Vital statistics of India. Vol. IV, Annual returns from 1871 to 1876. British Army of India, Native Army and jails of Bengal
Year: 1871
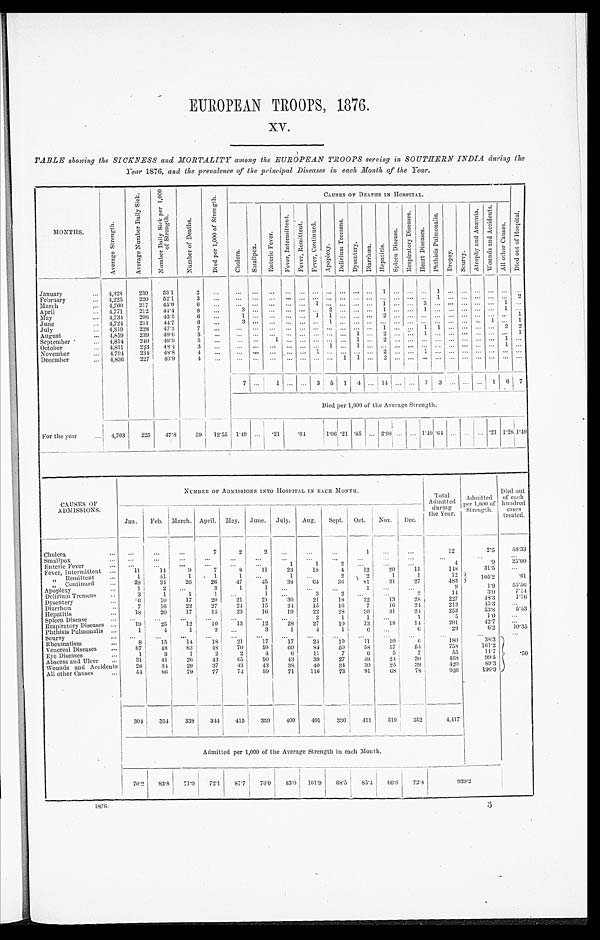
EUROPEAN TROOPS, 1876.
xv.
TABLE showing the SICKNESS and MORTALITY among the EUROPEAN TROOPS serving in SOUTHERN INDIA during the
Year 1876, and the prevalence of the principal Diseases in each, Month, of the Year.
MONTHS.
A v e r a g e S t r e n g t h .
A v e r a g e N u m b e r D a i l y S i c k .
N u m b e r D a i l y S i c k p e r 1 , 0 0 0 o f S t r e n g t h .
N u m b e r o f
D e a t h s .
D i e d p e r 1 , 0 0 0 o f
S t r e n g t h .
C A U S E S o F D E A T H S I N H O S P I T A L .
D i e d o u t o f
H o s p i t a l .
C h o l e r a .
S m a l l p o x .
E n t e r i c F e v e r . F e v e r , I n t e r m i t t e n t .
F e v e r e s , R e m i t t e n t . F e v e r , C o n t i n u e d .
A p o p l e x y .
D e l i r i u m
T r e m e n s .
D y s e n t e r y .
D i a r r h œ a . H e p a t i t i s .
S p l e e n D i s e a s e .
R e s p i r a t o r y D i s e a s e s .
H e a r t D i s e a s e s .
P h t h s i s
P u l m o n a l i s .
D r o p s y .
S c u r v y .
A t r o p h y a n d A n æ m i a .
W o u n d s a n d A c c i d e n t .
A l l o t h e r C a u s e s .
January
... 4,328
230
53.1
2
. . .
... ... ... ... ... ... ... ... ...
. . . 1 . . . . . . . . . 1 . . . . . . . . . . . . . . .
. . .
February
...
4 , 2 2 5
220
52.1
3
. . . ...
. . . ...
. . . ...
. . . ... ... ...
. . . ... ... ... ...
1 . . . . . . . . . . . . . . .
2
March
... 4,760
217
45.6
6
. . .
. . . . . .
. . .
. . . . . .
1
. . . . . . . . . . . . 1 . . . . . . 3 . . . . . . . . . . . . . . . 1
. . .
April
. . . 4,771
212
44.4
8
...
3
. . .
. . . . . . . . . . . . 2
. . . ... ... 1
. . . . . . 1
. . . . . . . . . . . . . . . 1 ...
May
. . .
4 , 7 3 4
206
43.5
6
. . .
1 . . .
. . . . . . . . . 1
1
. . . . . . . . . 2 . . . . . . . . . . . . . . . ... ... ... ... 1
June
... 4,724
211
4 4 . 7
6
...
3 . . .
. . . . . . . . . . . .
1
. . . . . . . . . ... ... ...
. . .
. . . . . . ...
. . .
1 . . .
1
July
... 4,819
228
47.3
7
. . . ... ... ... ...
. . . ... ... ... ... ... 1 ... ... 1
1 ...
. . . ... ... 2
2
August
... 4,819
239 49.6
5
. . . ... ... ...
. . . ... ... ... ..
1 . . . 2 . . . . . .
1
. . . . . . ... ...
. . . ...
1
September
... 4,814
240
4 9 . 9
5
. . .
. . . . . .
1 . . . . . . ... ...
. . . 1 . . . 2 . . . . . . . . . . . . . . . . . . . . . . . . 1
. . .
October
... 4,811
233
48.4
3
. . .
. . . . . .
. . . . . . . . . . . .
1
. . . 1 . . . . . . . . . . . . . . . . . . . . . . . . . . . . . . 1
. . .
November
. . . 4,79
234 48.8
4
. . .
. . . .. ... .... .. 1
. . . . . . . . . . . . 2 . . . . . . 1 . . . . . . . . . . . . . . . . . . . . .
December
. . . 4,836
227
46.9
4
. . .
. . . . . .
. . . . . . . . . . . .
. . .
1 1
. . . 2 ... ...
. . . ...
. . .
. . . . . . . . . . . .
. . .
7
. . . 1 ... ... 3 5 1
4
... 14 ... ... 7 3 ... ...
. . .
1
6 7
Died per 1,000 of the Average Strength.
For the year
... 4,703
225
47.8
59 12.55 1.49
. . .
. 2 1
. 6 4
1 . 0 6
.21 .85 ... 2.98 ... ... 1.49 . 6 4 ...
. . . ...
. 2 1
1 . 2 8 1.49
CAUSES OF
ADM ISSIONS.
:CUMBER OF ADMISSIONS INTO 110SPITIL IN MAGIC Moyru.
Total
A d m i t t e d d u r i n g
the Year.
Admitted
per 1 ,000 of
S t r e n g t h .
Died out
of each
hundred
cases
treated.
Jan.
Feb. March. April. May. June. July. Aug.
Sept. Oct.
Nov.
D e c .
Cholera
. . . ...
...
...
7
2
2
. . .
...
. . .
1
. . .
...
12
2.5
58.33
Smallpox
...
...
...
...
...
...
...
...
...
...
. . . ...
...
. . .
. . . ...
Enteric Fever
...
...
...
...
. . .
. . .
. . .
1
1
2
. . .
. . .
...
4
.9
25.00
Fever, Intermittent ...
11
14
9
7
8
11
23
18
4
12
2 0
11
148
31.5
. . .
„ Remit tent
...
1
41
1
1
1
. . .
1
. . .
2
2
1
1
12 105'2
. 6 1
,,
Continued
. . .
28
34
26
26
47
45
38
64
3 6
8 1
31
27
483
Apoplexy
...
1
2
...
3
1
1
. . . ...
. . .
1
. . .
. . .
9
1.9
55.56
Delirium Tremens
. . .
3
1
1
1
. . .
1
. . .
3
2
. . .
. . .
2
14
3.0
7.14
Dysentery
. . .
6
10
17
20
21
21
3 0
21
18
22
13
28
227
48.3
1.76
Diarrhu œa
. . .
7
16
22
27
24
15
24
15
16
7
16
2 4
213
45.3
. . .
Hepatitis
. . .
18
20
17
15
23
16
19
22
28
20
31
24
253
53.8
5 . 5 3
Spleen Disease
. . .
. . . ...
. . .
...
...
...
...
2
1
1
...
1
5
1.0
. . .
Respiratory Diseases ...
19
25
12
10
13
12
28
27
10
1 3
18
14
201
42.7
. . .
Phthisis Pulmonalis ...
1
4
1
2
. . .
3
1
4
1
6
...
6
29
6.2
10.35
Scurvy
. . .
. . . ...
...
. . . ...
. . .
. . .
. . .
. . .
. . .
...
...
. . .
...
. . .
Rheumatism
...
8
15
14
18
21
1 7
17
24
1 9
11
10
6
180
38.3
. 5 0
Venereal Diseases
...
87
48
83
48
70
59
60
84
50
58
57
54
753
161.2
Eye Diseases
. . .
1
3
1
2
2
4
6
11
7
6
5
7
55
11.7
Abscess and Ulcer
...
31
41
26
43
65
50
43
39
27
49
24
30
408
99.5
Wounds and Accidents
28
34
29
37
43
43
38
40
34
30
25
39
420
89.3
All other Causes
...
54
86
79
77
74
59
71
116
73
91
68
78
926
. 196'9
304
354
338
341
415
359
400
491
330
411
319
352
4,417
Admitted per 1,000 of the Average Strength in each Month.
70'2
83'8
71'0
'72'1
8 7 . 7 76'0
83'0 101'9
68'5
85'4
6 6 . 6 72'8
939'2
1876.
3